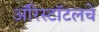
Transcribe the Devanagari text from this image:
ॲरिस्टॉटलचे